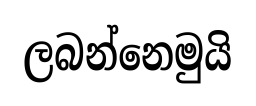
ලබන්නෙමුයි